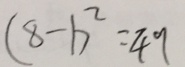
( 8 - 1 ) ^ { 2 } = 4 9